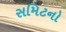
સમિટનો